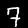
Digit: 7